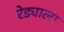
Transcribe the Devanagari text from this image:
रेड्याला